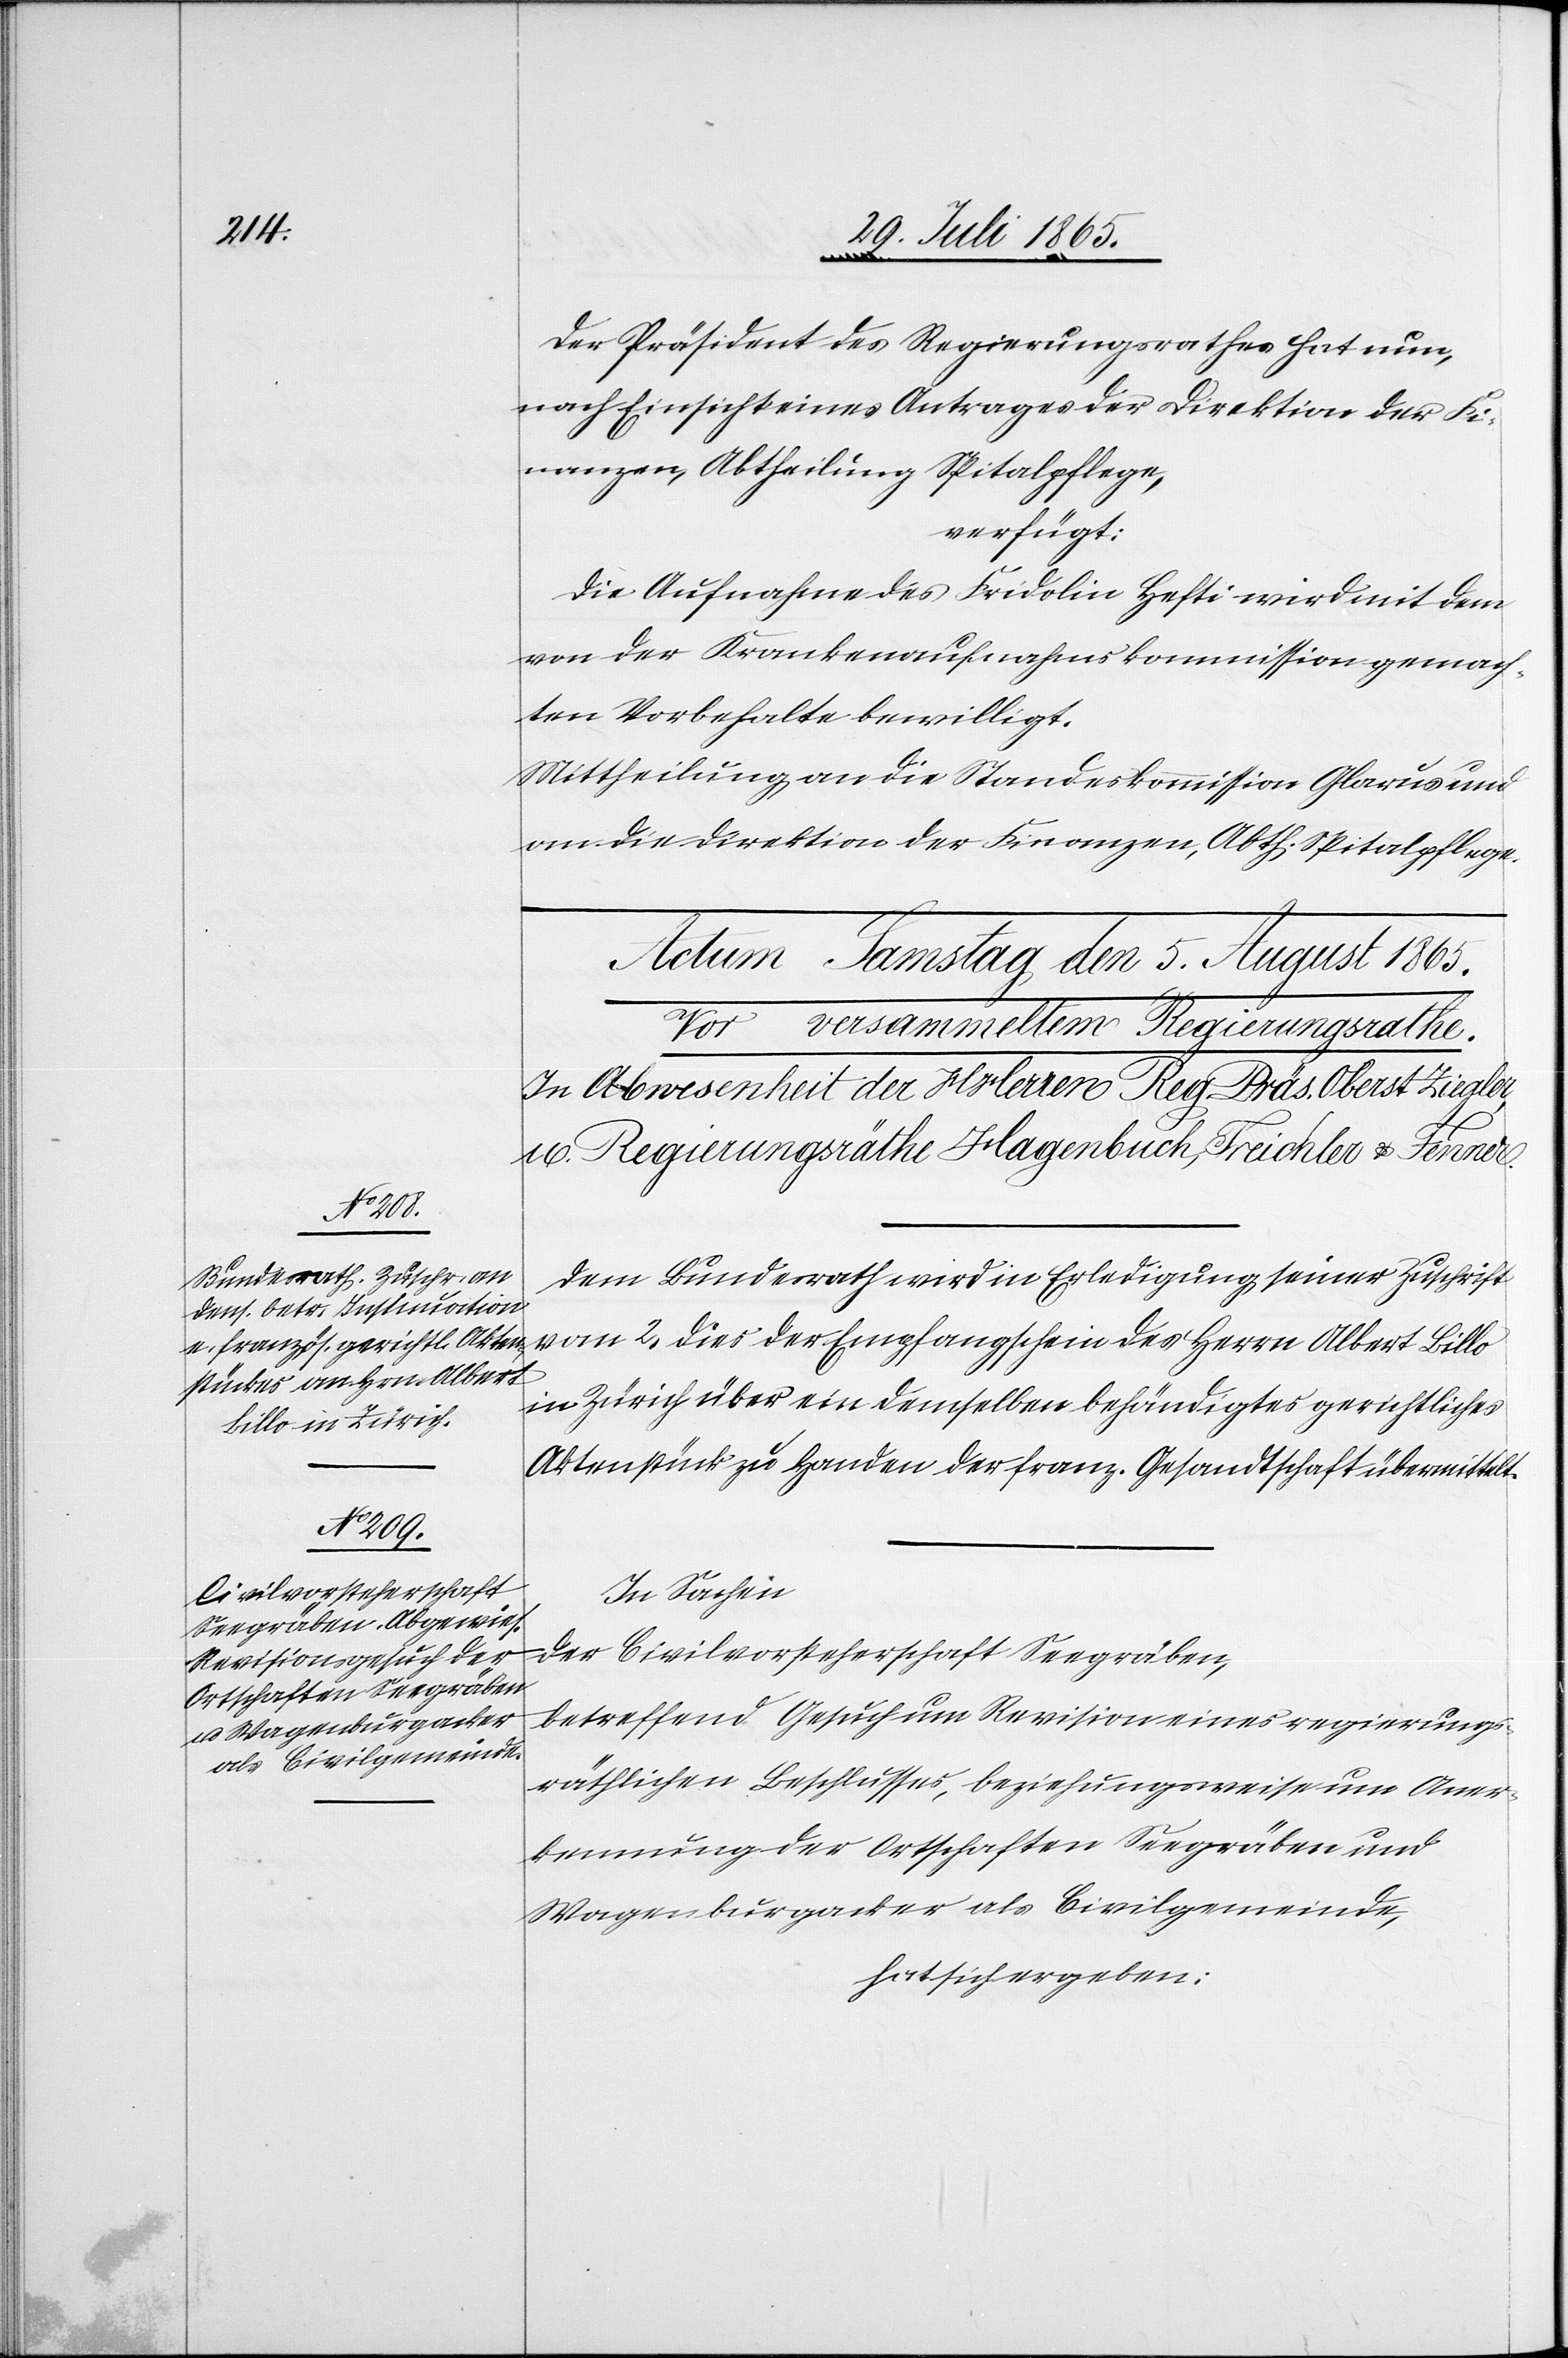
Der Präsident des Regierungsrathes hat nun,
nach Einsicht eines Antrages der Direktion der Fi¬
nanzen, Abtheilung Spitalpflege,
verfügt:
Die Aufnahme des Fridolin Hefti wird mit dem
von der Krankenaufnahmskommission gemach¬
ten Vorbehalte bewilligt.
Mittheilung an die Standeskommission Glarus und
an die Direktion der Finanzen, Abth. Spitalpflege.
Dem Bundesrath wird in Erledigung seiner Zuschrift
vom 2. dies der Empfangschein des Herrn Albert Billo
in Zürich über ein demselben behändigtes gerichtliches
Aktenstück zu Handen der franz. Gesandtschaft übermittelt.
In Sachen
der Civilvorsteherschaft Seegräben,
betreffend Gesuch um Revision eines regierungs¬
räthlichen Beschlusses, beziehungsweise um Aner¬
kennung der Ortschaften Seegräben und
Wagenburgacker als Civilgemeinde,
hat sich ergeben: